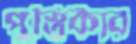
পুস্তিকার